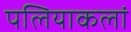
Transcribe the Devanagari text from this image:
पलियाकलां